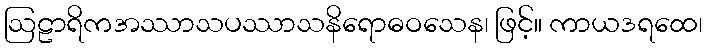
ဩဠာရိကအဿာသပဿာသနိရောဓဝသေန၊ ဖြင့်။ ကာယဒရထေ၊